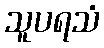
သူပရသံ